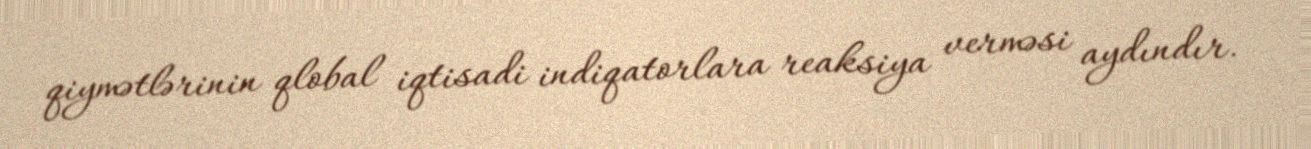
qiymətlərinin qlobal iqtisadi indiqatorlara reaksiya verməsi aydındır.